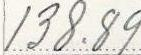
138.89